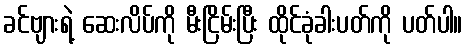
ခင်ဗျားရဲ့ ဆေးလိပ်ကို မီးငြိမ်းပြီး ထိုင်ခုံခါးပတ်ကို ပတ်ပါ။